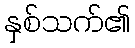
နှစ်သက်၏